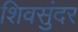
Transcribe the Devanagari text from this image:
शिवसुंदर